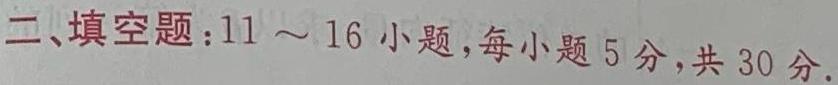
二、填空题：$11\sim 16$小题，每小题5分，共30分.